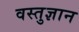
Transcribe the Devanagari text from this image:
वस्तुज्ञान